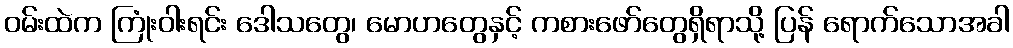
ဝမ်းထဲက ကြုံးဝါးရင်း ဒေါသတွေ၊ မောဟတွေနှင့် ကစားဖော်တွေရှိရာသို့ ပြန် ရောက်သောအခါ